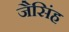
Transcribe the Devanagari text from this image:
जैसिंह